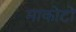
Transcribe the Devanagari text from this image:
माकोटो